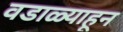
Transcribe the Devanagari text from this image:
वडाळ्याहून